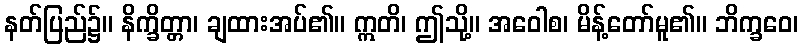
နတ်ပြည်၌။ နိက္ခိတ္တာ၊ ချထားအပ်၏။ ဣတိ၊ ဤသို့။ အဝေါစ၊ မိန့်တော်မူ၏။ ဘိက္ခဝေ၊